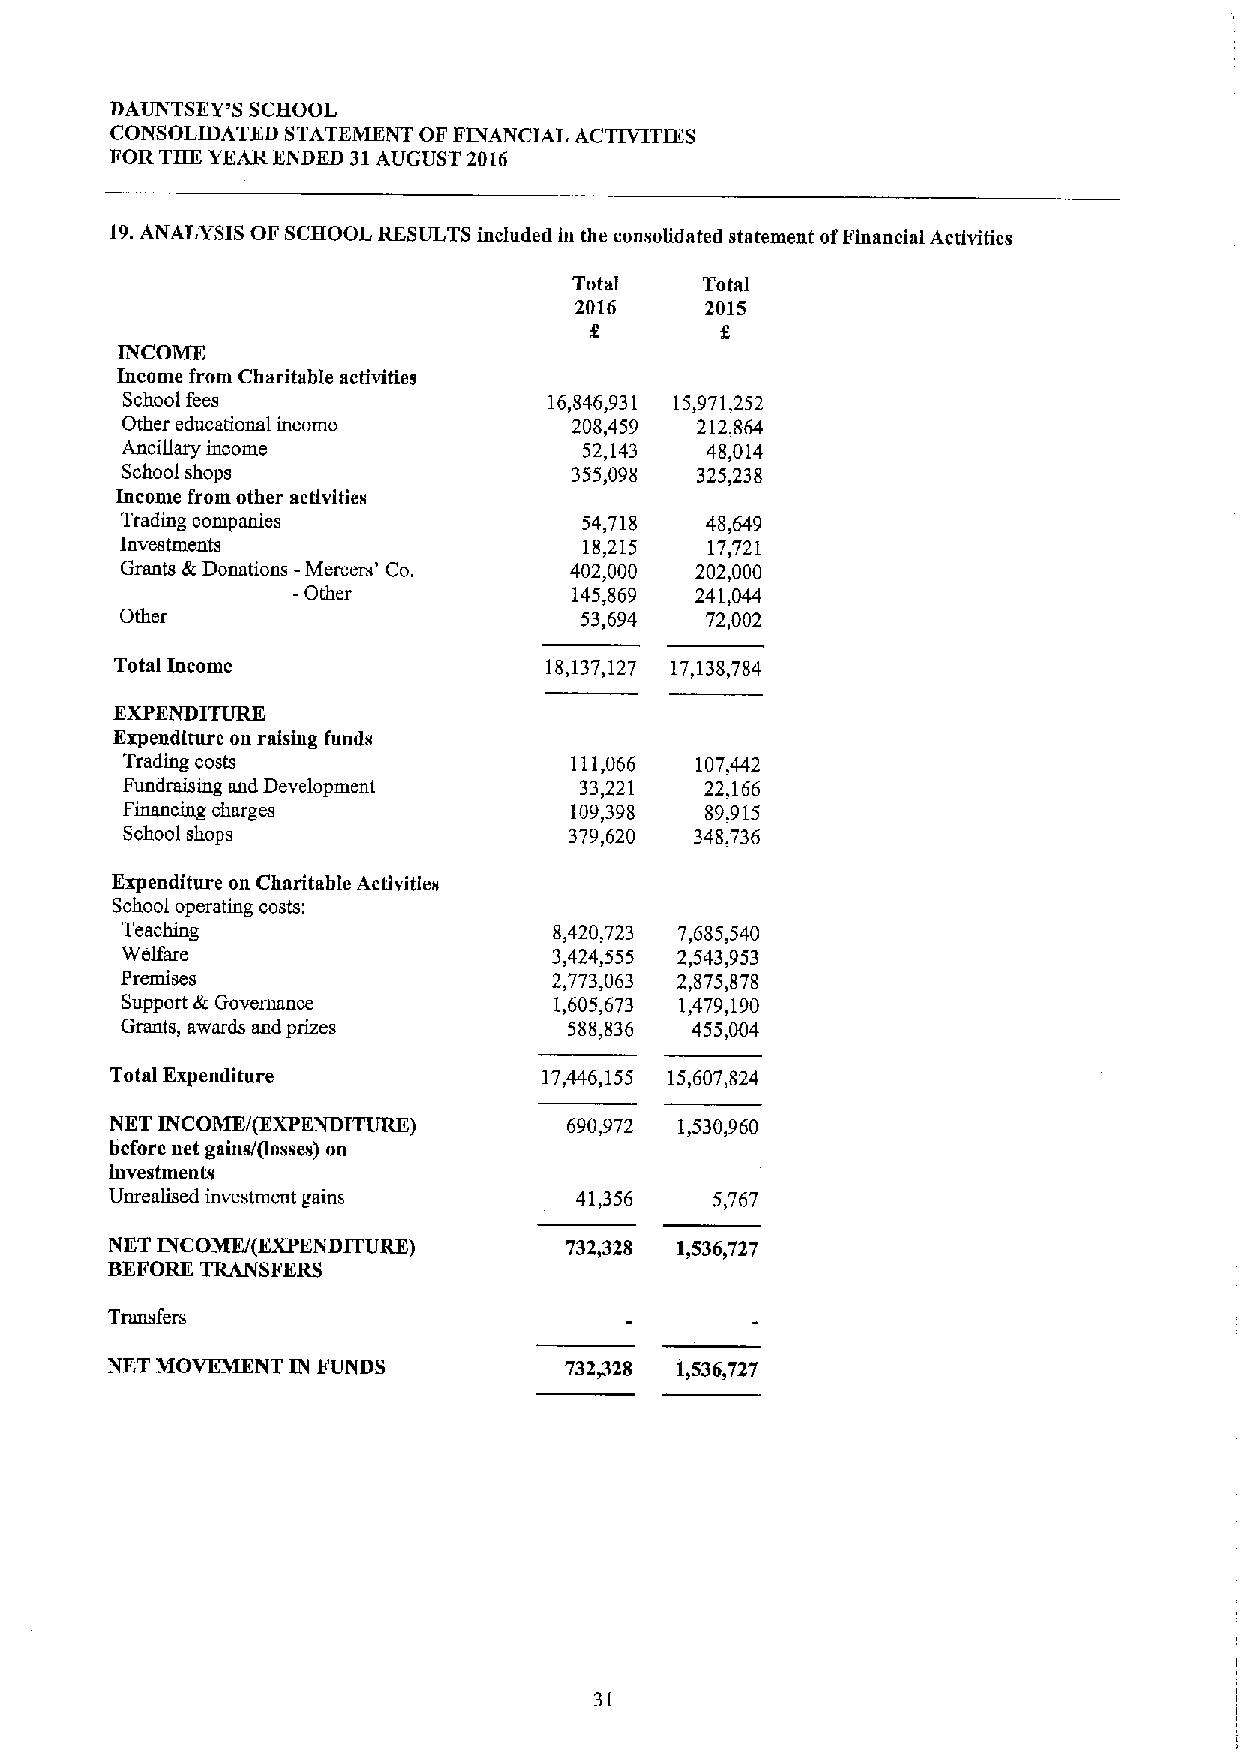
DAUNTSEY'S SCHOOL
 CONSOLIDATED STATEMENT OF FINANCIAL ACTIVITIES
 FOR THK YEAR ENDED 31AUGUST 2016
 19.ANALYSIS OF SCHOOL RESULTS included in the consolidated statement ofFinancial Activities
 Total    Total
 2016     2015
 INCOME
 Income from Charitable activities
 School fees                 16,846,931 15,971,252
 Other educational income      208,459 212,864
 Ancillary income               52,143  48,014
 School shops                  355,098 325,238
 Income from other activities
 Trading companies              54,718  48,649
 Investments                    18,215  17,721
 Grants &Donations -Mercers' Co. 402,000 202,000
 -Other             145,869 241,044
 Other                         53,694   72,002
 Total Income                18,137,127 17,138,784
 EXPENDITURE
 Expenditure on raising funds
 Trading costs                 111,066 107,442
 Fundraising and Development   33,221   22,166
 Financing charges             109,398  89,915
 School shops                  379,620 348,736
 Kxpenditwe on Charitable Activities
 School operating costs:
 Teaching                     8,420,723 7,685,540
 Welfare                      3,424,555 2,543,953
 Premises                     2,773,063 2,875,878
 Support &Governance          1,605,673 1,479,190
 Grants, awards and prizes     588,836 455,004
 Total Expenditure            17,446,155 15,607,824
 NET INCOME/(EXPENDITURE)       690,972 1,530,960
 before net gains/Bosses) on
 investments
 Unrealised investment gains    41,356   5,767
 NKT INCOME/(EXPENDITURE)      732,328 1,536,727
 BEFORETRANSFERS
 Transfers
 NET MOVEMKNT IN FUNDS         732828  1,536,727
 31